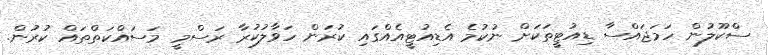
ސްކޫލުން ހަމަޖައްސާ ޑިއުޓީތަކަށް ނުކުމެ އެޑިއުޓީއެއްގައި ކުރަން ހަވާލުކުރާ ރަސްމީ މަސައްކަތްތައް ކުރުން.